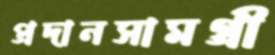
প্রদানসামগ্রী